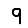
Digit: 9